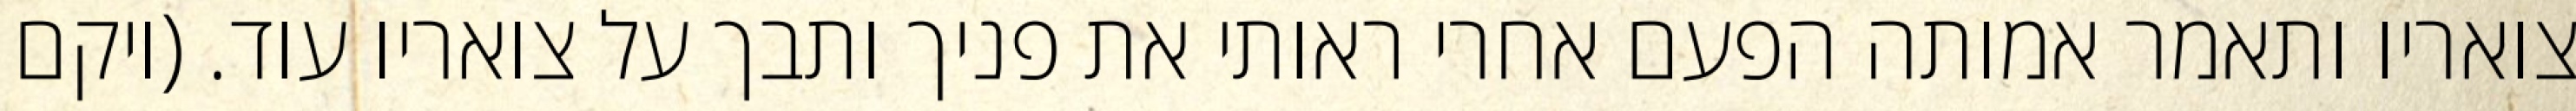
צואריו ותאמר אמותה הפעם אחרי ראותי את פניך ותבך על צואריו עוד. (ויקם